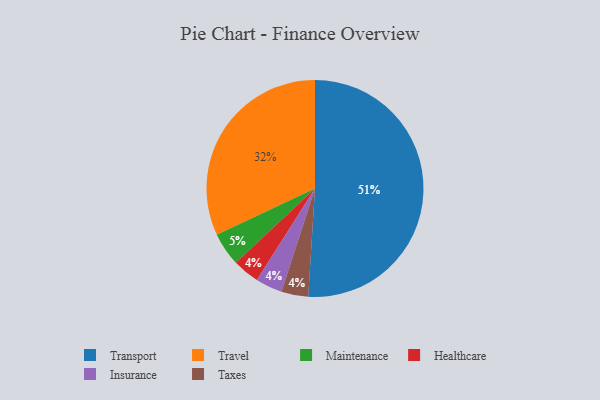
{"axis": {"x": "Category", "y": "Percentage"}, "legend": ["Healthcare", "Insurance", "Maintenance", "Taxes", "Transport", "Travel"], "data": [{"x": "Healthcare", "y": 4, "type": "Healthcare"}, {"x": "Travel", "y": 32, "type": "Travel"}, {"x": "Transport", "y": 51, "type": "Transport"}, {"x": "Insurance", "y": 4, "type": "Insurance"}, {"x": "Taxes", "y": 4, "type": "Taxes"}, {"x": "Maintenance", "y": 5, "type": "Maintenance"}]}